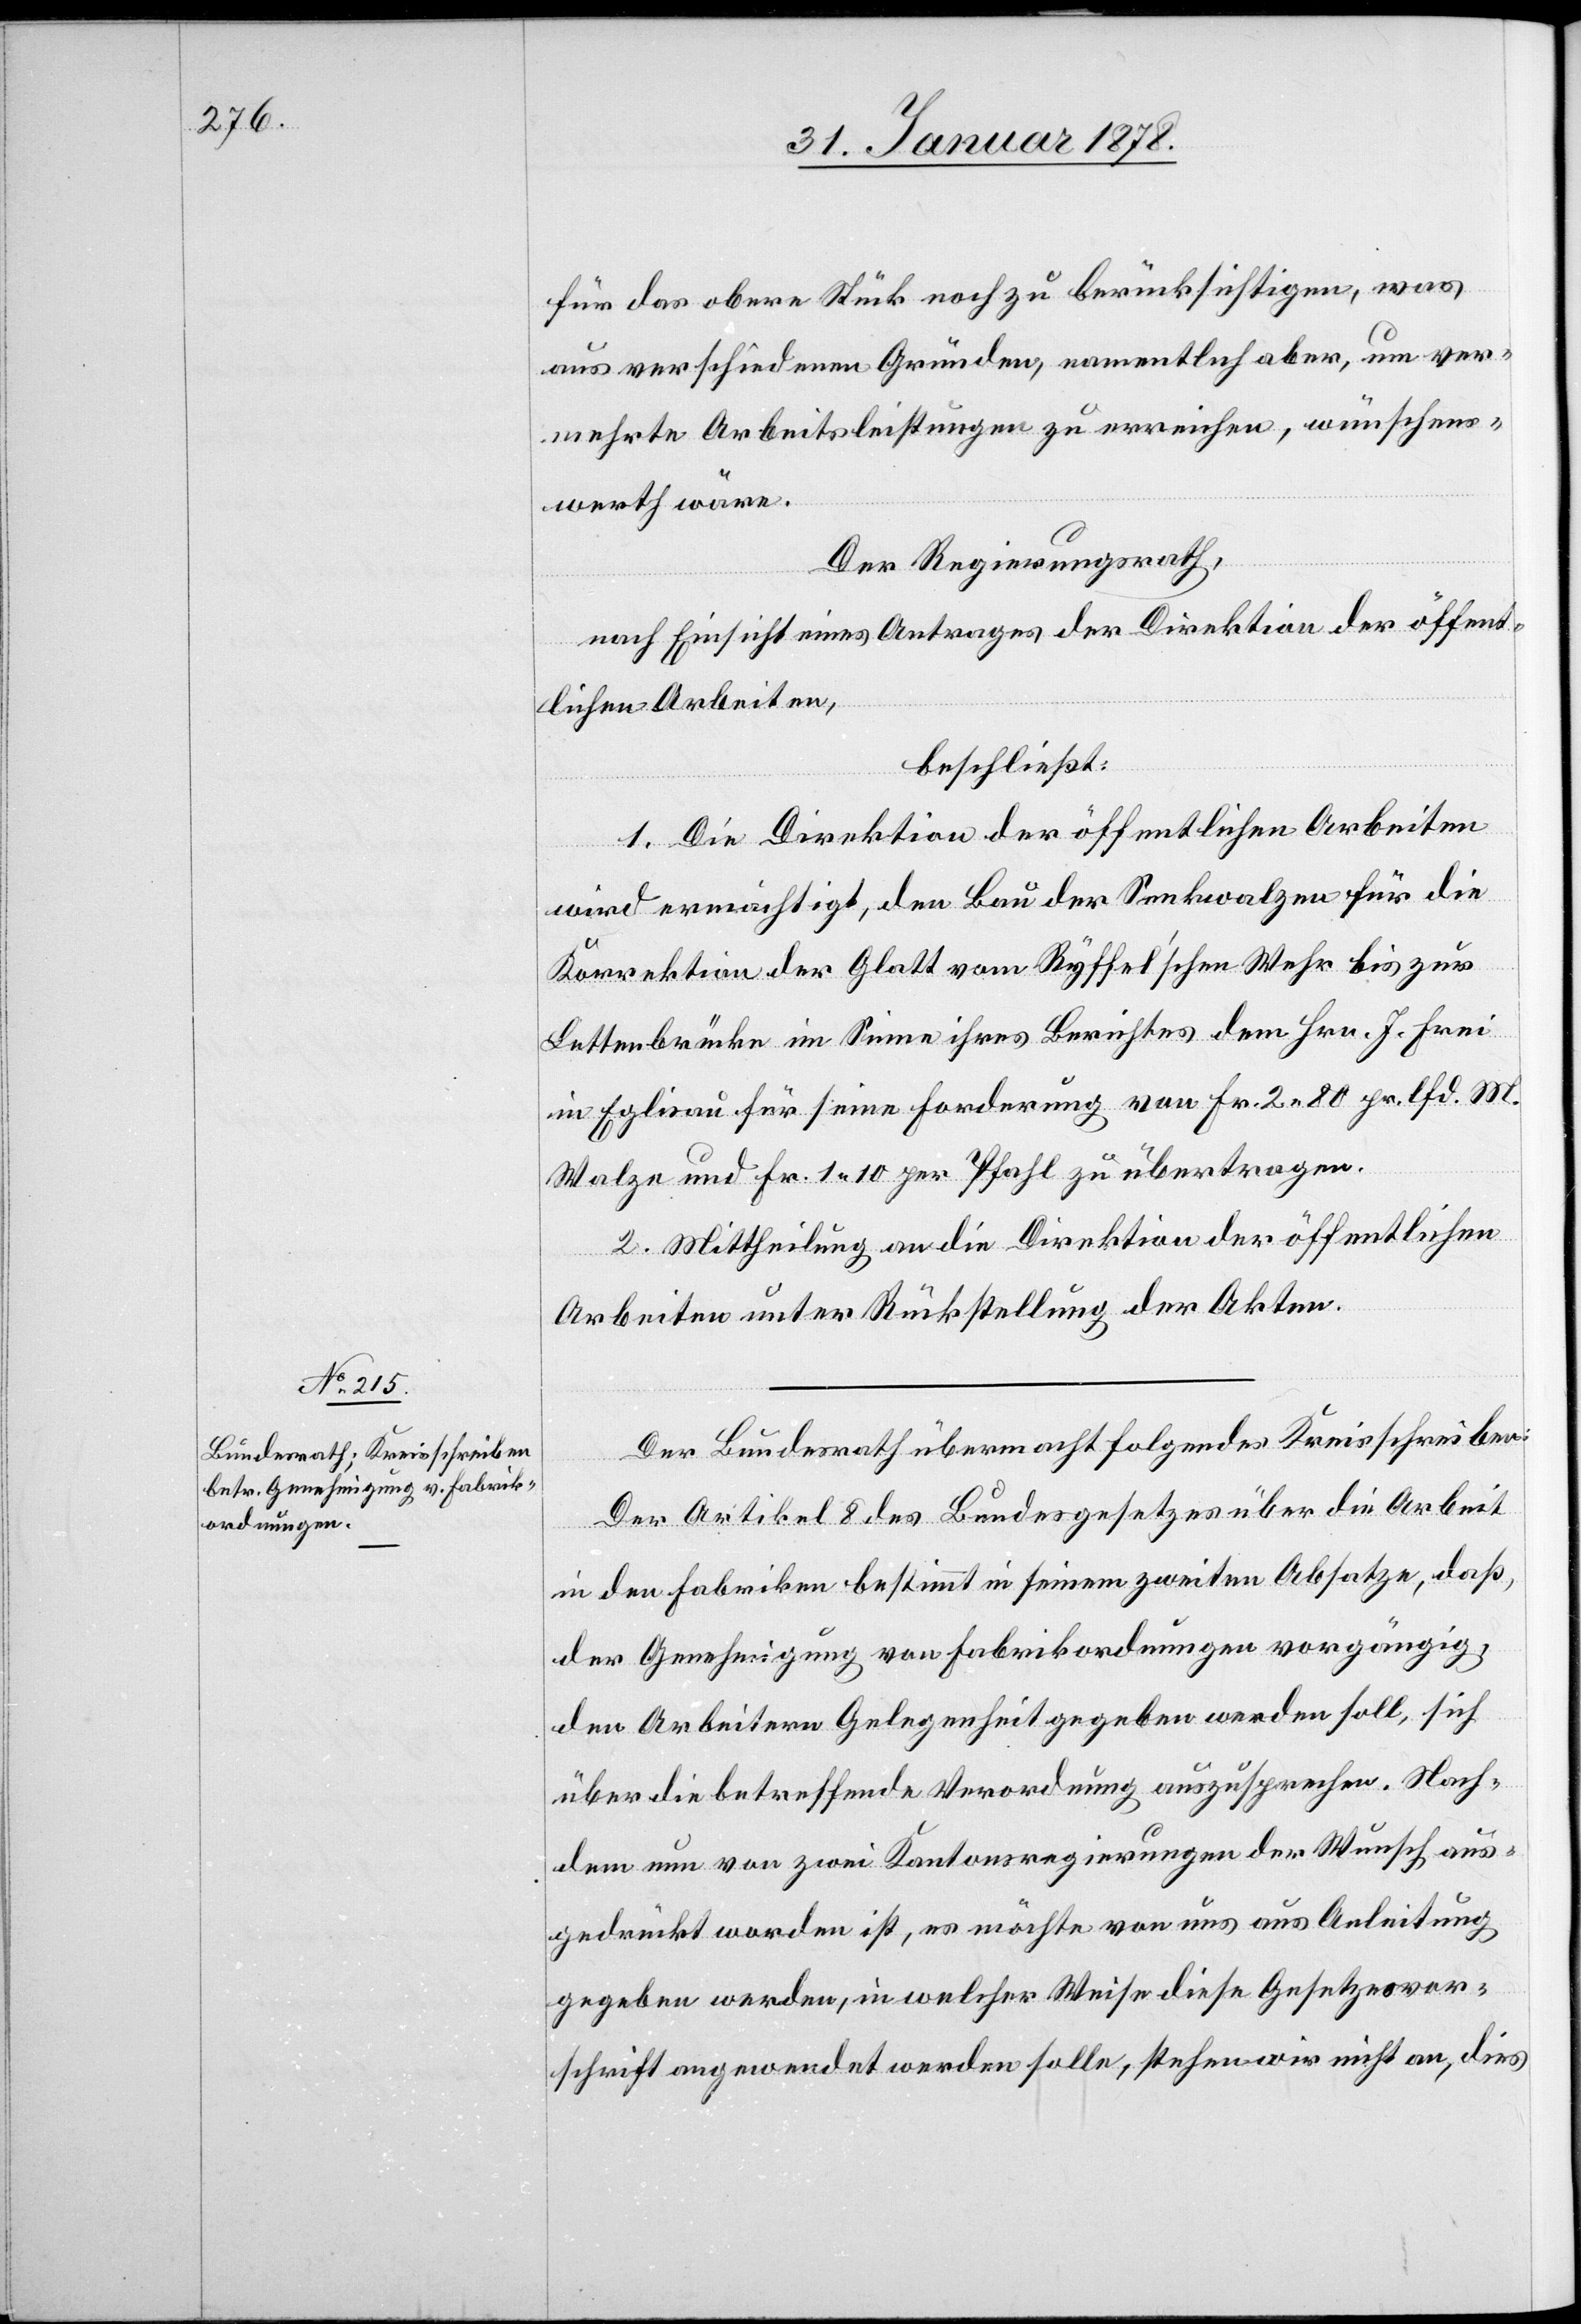
für das obere Stück noch zu berücksichtigen, was
aus verschiedenen Gründen, namentlich aber, um ver¬
mehrte Arbeitsleistungen zu erreichen, wünschens¬
werth wäre.
Der Regierungsrath,
nach Einsicht eines Antrages der Direktion der öffent¬
lichen Arbeiten,
beschließt:
1. Die Direktion der öffentlichen Arbeiten
wird ermächtigt, den Bau der Senkwalzen für die
Korrektion der Glatt vom Ryffel’schen Wehr bis zur
Luttenbrücke im Sinne ihres Berichtes dem Hrn. J. Frei
in Eglisau für seine Forderung von Fr. 2. 80 pr. lfd. M.
Walze und Fr. 1. 10 pr. Pfahl zu übertragen.
2. Mittheilung an die Direktion der öffentlichen
Arbeiten unter Rückstellung der Akten.
Der Bundesrath übermacht folgendes Kreisschreiben:
Der Artikel 8 des Bundesgesetzes über die Arbeit
in den Fabriken bestimmt in seinem zweiten Absatze, daß,
der Genehmigung von Fabrikordnungen vorgängig,
den Arbeitern Gelegenheit gegeben werden soll, sich
über die betreffende Verordnung auszusprechen. Nach¬
dem nun von zwei Kantonsregierungen der Wunsch aus¬
gedrückt worden ist, es möchte von uns aus Anleitung
gegeben werden, in welcher Weise diese Gesetzesvor¬
schrift angeordnet werden solle, stehen wir nicht an, dies